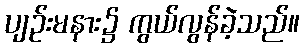
ပျဉ်းမနား၌ ကွယ်လွန်ခဲ့သည်။